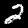
Digit: 2